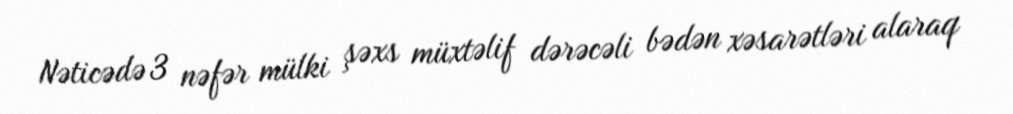
Nəticədə 3 nəfər mülki şəxs müxtəlif dərəcəli bədən xəsarətləri alaraq